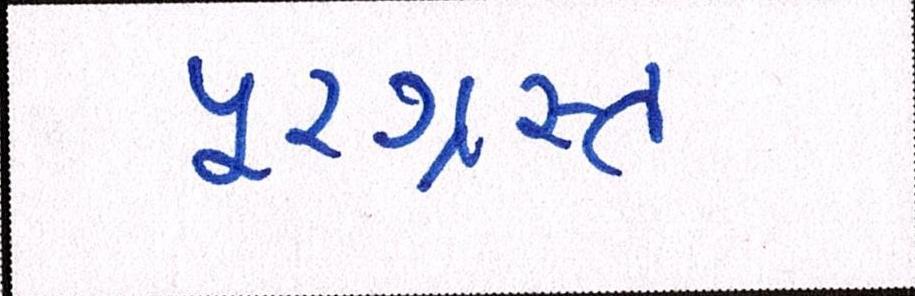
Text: પૂરગ્રસ્ત